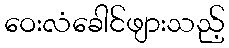
ဝေးလံခေါင်ဖျားသည့်